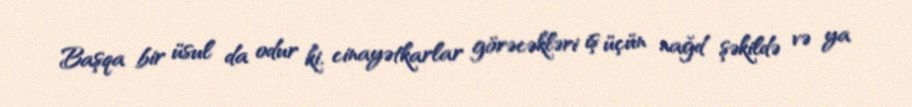
Başqa bir üsul da odur ki, cinayətkarlar görəcəkləri iş üçün nağd şəkildə və ya